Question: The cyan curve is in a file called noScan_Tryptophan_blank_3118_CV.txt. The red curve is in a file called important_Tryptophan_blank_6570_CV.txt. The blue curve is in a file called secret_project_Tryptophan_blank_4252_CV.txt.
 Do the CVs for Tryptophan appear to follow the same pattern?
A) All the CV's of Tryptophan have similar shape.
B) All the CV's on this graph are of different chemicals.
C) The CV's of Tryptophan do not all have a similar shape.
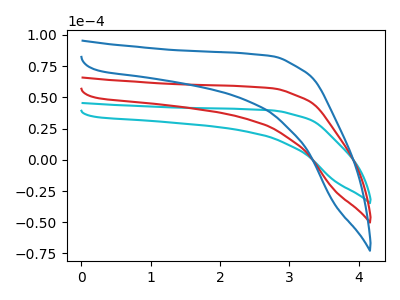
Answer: <think>The cyan curve "Tryptophan_blank1" has no peaks. The red curve "Tryptophan_blank2" has no peaks. The blue curve "Tryptophan_blank3" has no peaks.
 Neither "Tryptophan_blank1" or "Tryptophan_blank2" have any peaks. Neither "Tryptophan_blank1" or "Tryptophan_blank3" have any peaks. Neither "Tryptophan_blank2" or "Tryptophan_blank3" have any peaks.</think>
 <answer>A) All the CV's of "Tryptophan" have similar shape.</answer>
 <eval>A</eval>